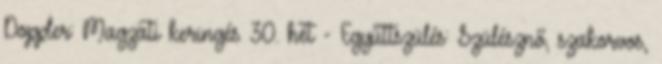
Doppler: Magzati keringés 30. hét - Együttszülés: Szülésznő, szakorvos,